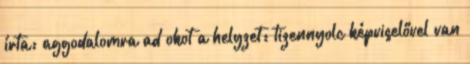
írta: aggodalomra ad okot a helyzet: tizennyolc képviselővel van